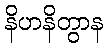
နိဟနိတွာန